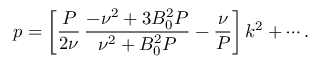
p = \left[ \frac { P } { 2 \nu } \, \frac { - \nu ^ { 2 } + 3 B _ { 0 } ^ { 2 } P } { \nu ^ { 2 } + B _ { 0 } ^ { 2 } P } - \frac { \nu } { P } \right] k ^ { 2 } + \cdots .